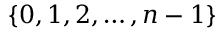
\{ 0 , 1 , 2 , \ldots , n - 1 \}